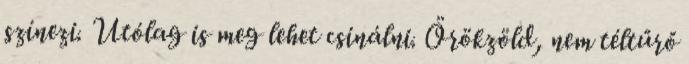
színezi. Utólag is meg lehet csinálni. Örökzöld, nem téltűrő